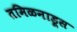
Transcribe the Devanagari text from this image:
तमिळनाडूस